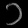
Digit: ၁